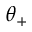
\theta _ { + }